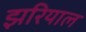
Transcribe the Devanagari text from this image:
झरियाल